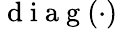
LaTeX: \mathrm{~d~i~a~g~}(\cdot)